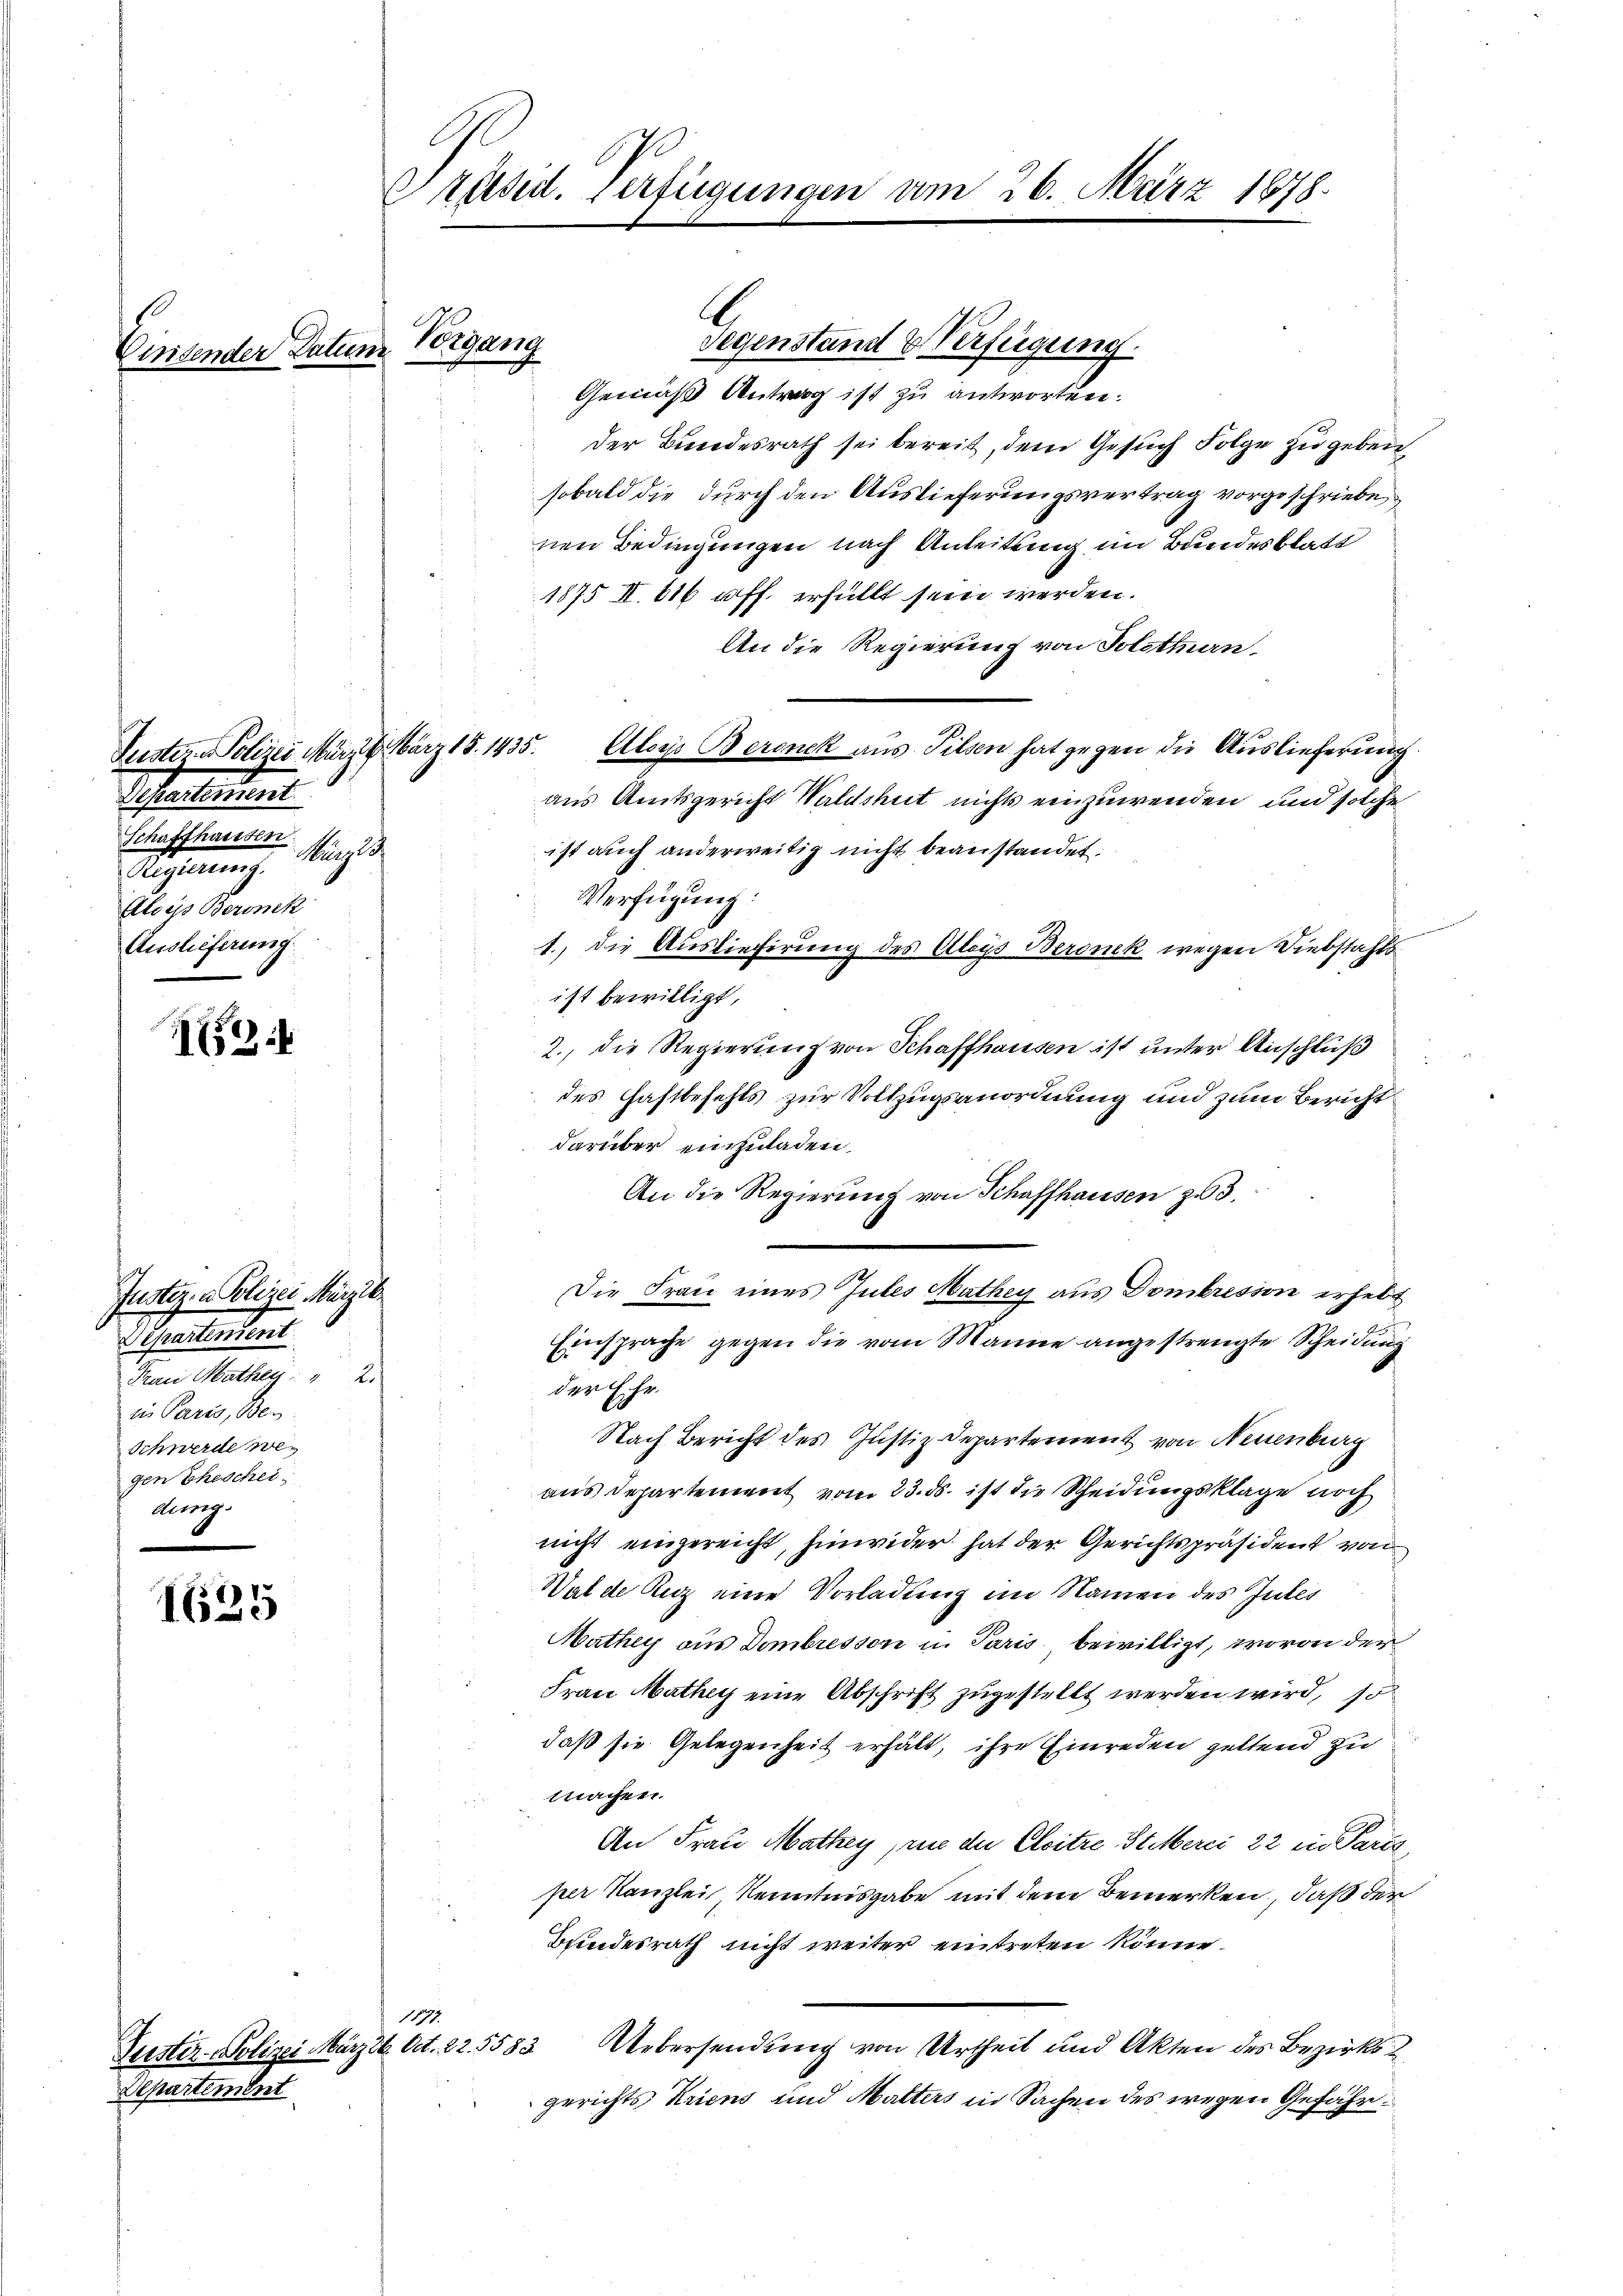
Einsender Datum Vorgang

Justiz - Polizei März l. März 18. 1435.
Departement.
Schaffhausen
Murgle
2
Alocis Beronik
Auslieferung

52

Justiz- & Polizei Marzie¬
Departement
Frau Mathey  "  2.
in Paris, Ber
Schwerde wegen Ehescheidung.

57) V
10

Departement

Präsid. Verfügungen am 26. März 1878.

117.
Justiz - Polizei März 26. Oct. 22. 5583

Gemäß Antrag ist zu antworten.
der Bundesrath sei bereit, dem Gesuch Folge zu geben,
sobald die durch den Auslieferungsvertrag vorgeschriebe,
nen Bedingungen nach Anleitung im Bundesblatt
1875 II. 616 uff. erfüllt sein werden.
An die Regierung von Solethan,
Aloys Beroneck aus Pilsen hat gegen die Auslieferung
aus Amtsgericht Waldshut nichts einzuwenden, und solche
ist auch anderweitig nicht beanstandet.
Verfügung:
1., die Auslieferung des Aloys Beronek wegen Diebstahls
 ist bewilligt,
2., die Regierung von Schaffhausen ist unter Anschluß
¬
des Haftbefehls zur Vollzugsanordnung und zum Bericht
darüber einzuladen.
An die Regierung von Schaffhausen zu 3.
Die Frau eines Jubes Mathey aus Dombresion erhebt
2
Einsprache gegen die vom Manne angestrengte Scheidung
der Ehr.
Nach Bericht des Justiz-Departement von Neuenburg
aus Departement vom 23. ds. ist die Scheidungsklage noch
nicht eingereicht, hinwider hat der Gerichtspräsident von
Walde Ruz eine Vorladung im Namen des Gutes
Mathey aus Dombressor u. Paris bewilligt, wovon der
Frau Mathey eine Abschrift zugestellt werden wird, so
daß sie Gelegenheit erhält, ihre Einreden geltend zu
machen.
An Frau Mathey, wie der Cleitze Stilberei 22 in Paris
per Kanzlei, Kenntnisgabe mit dem Bemerken, daß der
Bundesrath nicht weiter eintreten könne.
Uebersendung von Urtheil und Akten des Bezirksgerichts Kriens und Mutters in Sachen des wegen Gefähr¬

A

Segenstand & Verfügung.